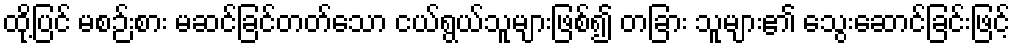
ထို့ပြင် မစဉ်းစား မဆင်ခြင်တတ်သော ငယ်ရွယ်သူများဖြစ်၍ တခြား သူများ၏ သွေးဆောင်ခြင်းဖြင့်